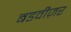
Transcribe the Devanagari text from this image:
बडवीज़र